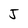
Character: J